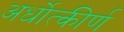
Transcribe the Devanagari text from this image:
अर्धोत्कीर्ण